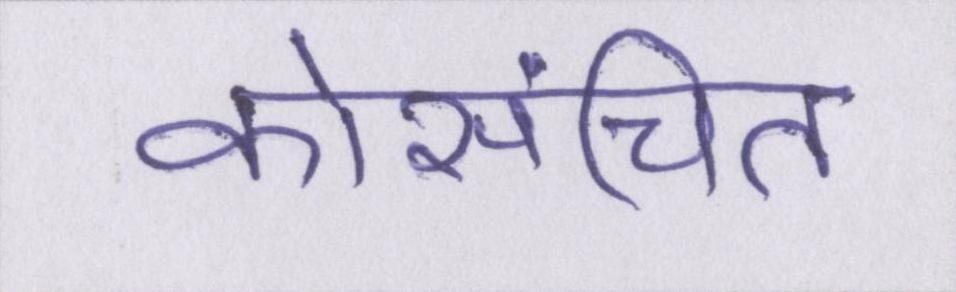
कोसंचित